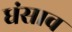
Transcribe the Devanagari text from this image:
धंसाव